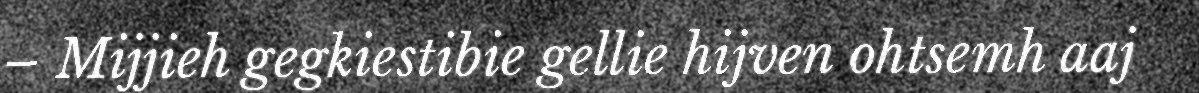
– Mijjieh gegkiestibie gellie hijven ohtsemh aaj